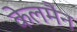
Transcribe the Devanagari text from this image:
केलमैन